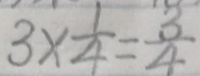
3 \times \frac { 1 } { 4 } = \frac { 3 } { 4 }